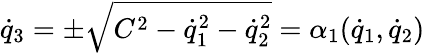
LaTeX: {\dot{q}}_{3}=\pm\sqrt{C^{2}-{\dot{q}}_{1}^{2}-{\dot{q}}_{2}^{2}}=\alpha_{1}({\dot{q}}_{1},{\dot{q}}_{2})